Annual report on the health of the army in India
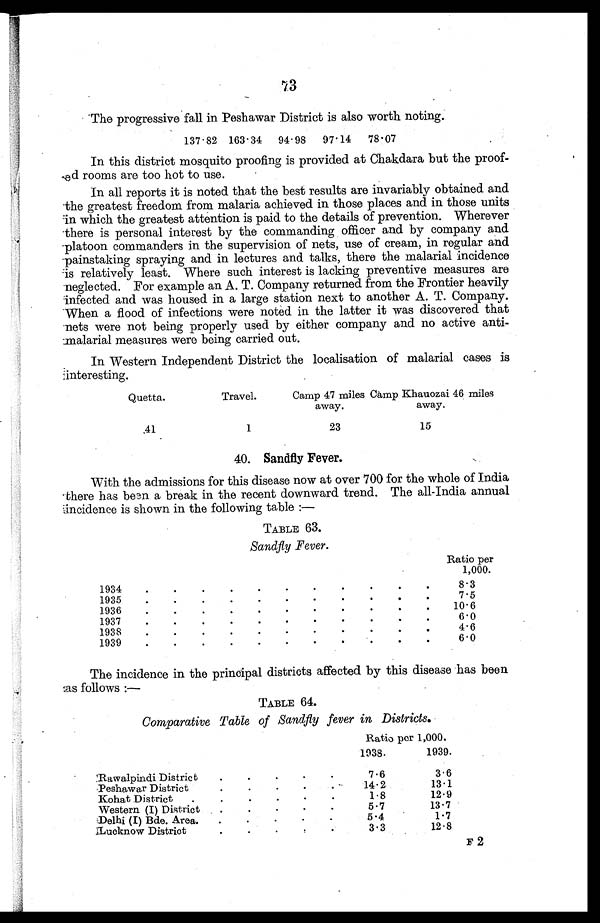
73
The progressive fall in Peshawar District is also worth noting.
137 . 82 163 . 34
94.98
97.14
78.07
In this district mosquito proofing is provided at Chakdara but the proof
-ed rooms are too hot to use.
In all reports it is noted that the best results are invariably obtained and
the greatest freedom from malaria achieved in those places and in those units
in which the greatest attention is paid to the details of prevention. Wherever
there is personal interest by the commanding officer and by company and
platoon commanders in the supervision of nets, use of cream, in regular and
painstaking spraying and in lectures and talks, there the malarial incidence
is relatively least. Where
such interest is lacking preventive measures are
neglected. For example an A. T. Company returned from the Frontier heavily
infected and was housed in a large station next to another A. T. Company.
When a flood of infections were noted in the latter it was discovered that
nets were not being properly used by either company and no active anti-
-malarial measures were being carried out.
In Western Independent District the localisation of malarial cases is
interesting.
Quetta.
Travel.
Camp 47 miles Camp
away.
Khauozai 46 miles
away.
41
1
23
15
40. Sandfly Fever.
With the admissions for this disease now at over 700 for the whole of India
there has been a break in the recent downward trend. The all-India annual
incidence is shown in the following table :—
TABLE 63.
Sandfly Fever.
Ratio per
1,000.
1934
.
.
.
8.3
7.5
1935
.
.
.
1936
.
.
.
10.6
1937
.
.
.
6.0
4.6
1938
.
.
.
6.0
1939
.
.
.
The incidence in the principal districts affected by this disease has been
as follows :—
TABLE 64.
Comparative Table of Sandfly fever in Districts.
Ratio per 1,000.
1938.
1939.
Rawalpindi District . . .
7.6
3.6
14.2
13.1
. . .
Peshawar District
Kohat District . . .
1.8
12.9
5.7
13.7
Western (I) District . . .
5.4
1.7
: Delhi (I) Bde. Area . . .
3.3
12.8
Lucknow District . . .
F 2